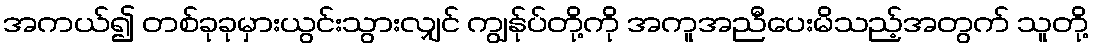
အကယ်၍ တစ်ခုခုမှားယွင်းသွားလျှင် ကျွန်ုပ်တို့ကို အကူအညီပေးမိသည့်အတွက် သူတို့